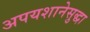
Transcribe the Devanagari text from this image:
अपयशानेसुद्धा